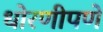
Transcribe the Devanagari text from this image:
धोरणीपणे